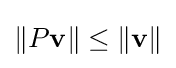
\left\|P\mathbf {v} \right\|\leq \left\|\mathbf {v} \right\|